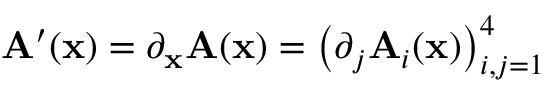
{ \mathbf { A } } ^ { \prime } ( \mathbf { x } ) = \partial _ { \mathbf { x } } { \mathbf { A } } ( \mathbf { x } ) = \bigl ( \partial _ { j } { \mathbf { A } } _ { i } ( \mathbf { x } ) \bigr ) _ { i , j = 1 } ^ { 4 }